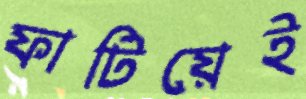
ফাটিয়েই